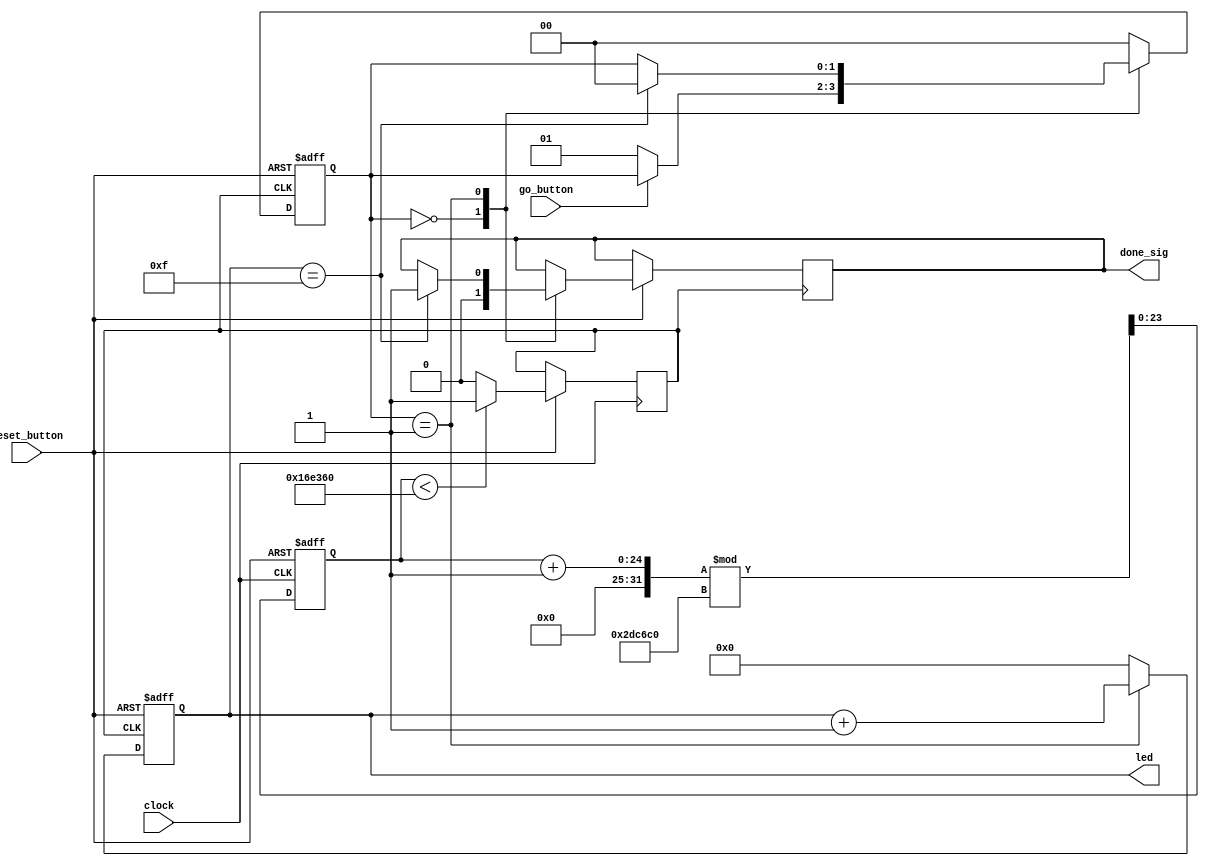
module mealy_state_machine(
    input              clock,
    input              reset_button,
    input              go_button,
    output reg  [3:0]  led,
    output reg         done_sig
);
    localparam STATE_IDLE     = 2'd0;
    localparam STATE_COUNTING = 2'd1;

    localparam HALF_DIVISOR   = 24'd1500000;
    localparam DIVISOR        = HALF_DIVISOR * 2;
    localparam LED_MAX        = 4'hf;

    wire       reset;
    wire       go;

    reg        div_clock;
    reg [1:0]  state;
    reg [23:0] clock_counter;

    assign reset = ~reset_button;
    assign go = ~go_button;

    always @(posedge clock or posedge reset) begin
        if (reset == 1'b1) begin
            clock_counter <= 24'b0;
        end else begin
            clock_counter <= (clock_counter + 1) % DIVISOR;
            div_clock <= (clock_counter < HALF_DIVISOR) ? 1'b1: 1'b0;
        end
    end

    always @(posedge div_clock or posedge reset) begin
        if (reset == 1'b1) begin
            state <= STATE_IDLE;
        end else begin
            case(state)
                STATE_IDLE: begin
                    done_sig <= 1'b0;
                    if (go == 1'b1) begin
                        state <= STATE_COUNTING;
                    end
                end
                STATE_COUNTING: begin
                    if (led == LED_MAX) begin
                        state <= STATE_IDLE;
                        done_sig <= 1'b1;
                    end
                end
                default: state <= STATE_IDLE;
            endcase
        end
    end

    always @(posedge div_clock or posedge reset) begin
        if (reset == 1'b1) begin
            led <= 4'b0;
        end else begin
            if (state == STATE_COUNTING) begin
                led <= led + 1'b1;
            end else begin 
                led <= 4'b0;
            end
        end
    end

endmodule